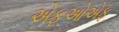
એફઓએફ